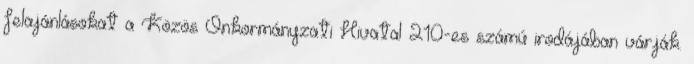
felajánlásokat a Közös Önkormányzati Hivatal 210-es számú irodájában várják.